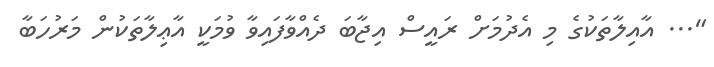
"... އާއިލާތަކުގެ މި އެދުމަށް ރައީސް އިޖާބަ ދެއްވާފައިވާ ވުމަކީ އާޢިލާތަކުން މަރުހަބާ